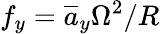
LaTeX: f_{y}=\overline{{a}}_{y}\Omega^{2}/R